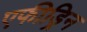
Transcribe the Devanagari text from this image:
एफीड्रिन